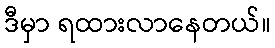
ဒီမှာ ရထားလာနေတယ်။